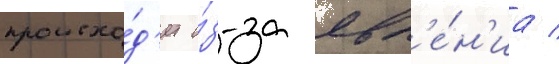
происхо́д'ит и́з-за явл'е́н'иа /